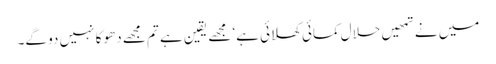
میں نے تمھیں حلال کمائی کھلائی ہے‘ مجھے یقین ہے تم مجھے دھوکا نہیں دو گے۔